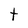
Character: t